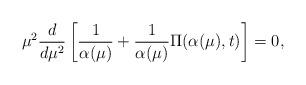
LaTeX: \begin{align*}\mu^{2} \frac{d}{ d \mu^{2}} \left[ \frac{1}{\alpha(\mu)} + \frac{1}{\alpha(\mu)} \Pi( \alpha(\mu), t) \right]=0,\end{align*}